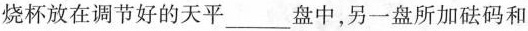
烧杯放在调节好的天平___盘中，另一盘所加砝码和